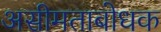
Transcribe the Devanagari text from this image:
असीमताबोधक